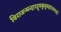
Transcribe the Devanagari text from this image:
विराजन्मन्दारद्रुमकुसुमहारस्तनतटी